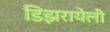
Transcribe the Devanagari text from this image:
डिझरायेली